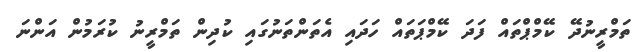
ތަމްރީނުދޭ ކޭމްޕްތައް ފަދަ ކޭމްޕަތައް ހަދައި އެތަންތަނުގައި ކުދިން ތަމްރީނު ކުރަމުން އަންނަ